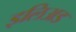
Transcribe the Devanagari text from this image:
इलिअड